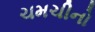
ચમચીનો